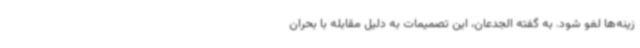
زینه‌ها لغو شود. به گفته الجدعان، این تصمیمات به دلیل مقابله با بحران